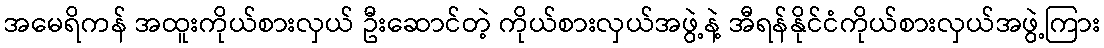
အမေရိကန် အထူးကိုယ်စားလှယ် ဦးဆောင်တဲ့ ကိုယ်စားလှယ်အဖွဲ့နဲ့ အီရန်နိုင်ငံကိုယ်စားလှယ်အဖွဲ့ကြား